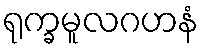
ရုက္ခမူလဂဟနံ